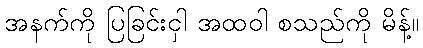
အနက်ကို ပြခြင်းငှါ အထဝါ စသည်ကို မိန့်။